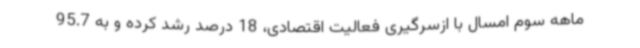
ماهه سوم امسال با ازسرگیری فعالیت اقتصادی، 18 درصد رشد کرده و به 95.7